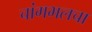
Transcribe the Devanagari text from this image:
चांगभलचा